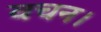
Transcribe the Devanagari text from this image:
वचन।